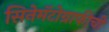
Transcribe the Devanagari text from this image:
सिनेमॅटोग्राफीची